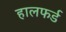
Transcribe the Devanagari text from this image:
हालफर्ड